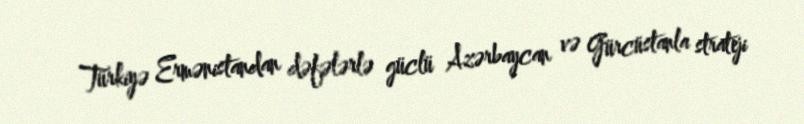
Türkiyə Ermənistandan dəfələrlə güclü Azərbaycan və Gürcüstanla strateji